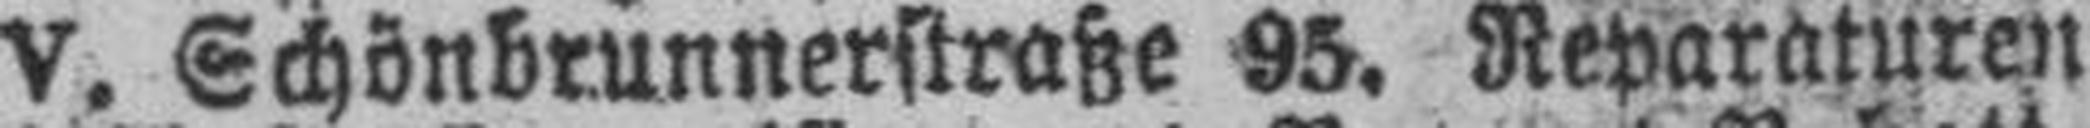
V. Schönbrunnerstraße 95. Reparaturen